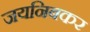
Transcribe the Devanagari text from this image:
जयनिबकर